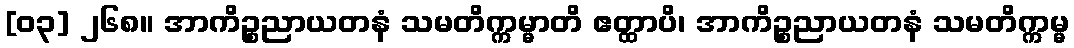
[၀၃] ၂၆၈။ အာကိဉ္စညာယတနံ သမတိက္ကမ္မာတိ ဧတ္ထာပိ၊ အာကိဉ္စညာယတနံ သမတိက္ကမ္မ